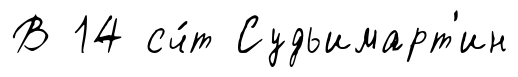
В 14 сч́т Судьимарт'ин